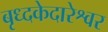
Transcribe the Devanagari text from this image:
बृध्दकेदारेश्वर